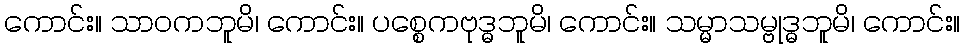
ကောင်း။ သာဝကဘူမိ၊ ကောင်း။ ပစ္စေကဗုဒ္ဓဘူမိ၊ ကောင်း။ သမ္မာသမ္ဗုဒ္ဓဘူမိ၊ ကောင်း။